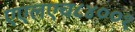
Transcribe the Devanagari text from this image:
एएलएच८४००१